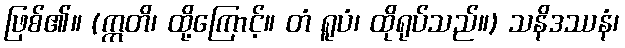
ဖြစ်၏။ (ဣတိ၊ ထို့ကြောင့်။ တံ ရူပံ၊ ထိုရုပ်သည်။) သနိဒဿနံ၊